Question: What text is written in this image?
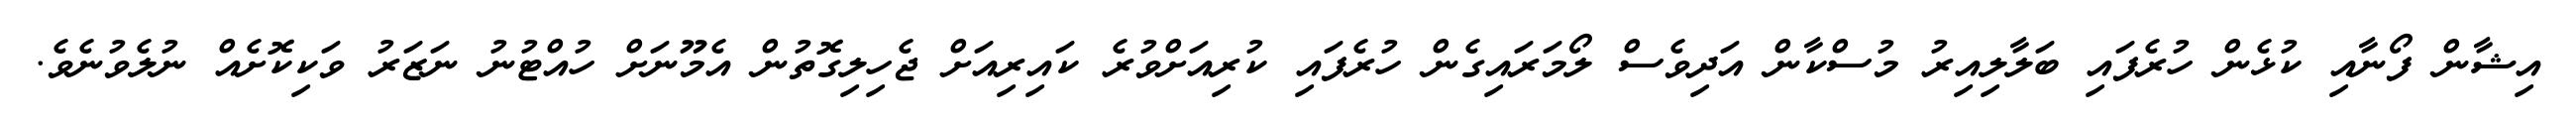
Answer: އިޝާން ފޯނާއި ކުޅެން ހުރެފައި ބަލާލިއިރު މުސްކާން އަދިވެސް ލޯމަރައިގެން ހުރެފައި ކުރިއަށްވުރެ ކައިރިއަށް ޖެހިލިގޮތުން އެމޫނަށް ހުއްޓުނު ނަޒަރު ވަކިކޮށެއް ނުލެވުނެވެ.